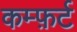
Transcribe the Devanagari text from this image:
कम्फ़र्ट